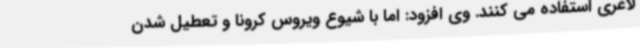
لاغری استفاده می کنند. وی افزود: اما با شیوع ویروس کرونا و تعطیل شدن